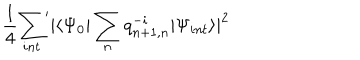
\frac 1 4 { \sum _ { i n t } } ^ { \prime } | \langle \Psi _ { 0 } | \sum _ { n } q _ { n + 1 , n } ^ { - i } | \Psi _ { i n t } \rangle | ^ { 2 }